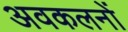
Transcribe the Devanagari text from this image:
अवकलनों